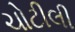
ચોટીલી